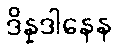
ဒိန္နဒါနေန